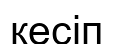
кесіп